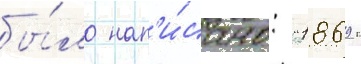
бы́ло нап'и́сано: "1869 г